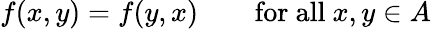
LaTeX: f(x,y)=f(y,x)\qquad{\mathrm{for~all~}}x,y\in A